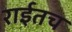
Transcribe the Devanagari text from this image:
राईतच